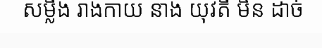
សម្លឹង រាងកាយ នាង យុវតី មិន ដាច់